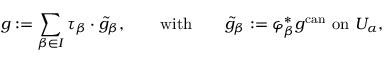
g : = \sum _ { \beta \in I } \tau _ { \beta } \cdot { \tilde { g } } _ { \beta } , \qquad { \mathrm { w i t h } } \qquad { \tilde { g } } _ { \beta } : = \varphi _ { \beta } ^ { * } g ^ { \mathrm { c a n } } \, \, { \mathrm { o n } } \, \, U _ { \alpha } ,